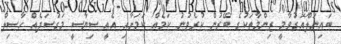
ބައިނަލްއަގުވާމީ ޒިންމާތަކުގެ ބޭރުން ކުރެވުނު ކަމެއް ކަމަށާއި އެއީ ސިޔާސީ މަގުސަދެއް ހާސިލް